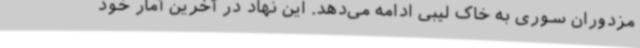
مزدوران سوری به خاک لیبی ادامه می‌دهد. این نهاد در آخرین آمار خود